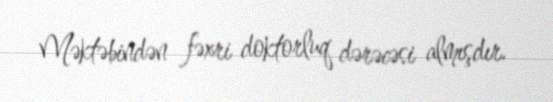
Məktəbindən fəxri doktorluq dərəcəsi almışdır.